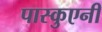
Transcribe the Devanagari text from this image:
पास्कुएनी